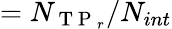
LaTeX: =N_{\mathrm{~T~P~}_{r}}/N_{int}